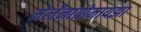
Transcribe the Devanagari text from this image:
मेलँनाग्रोमायझा